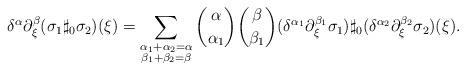
LaTeX: \begin{align*} \delta^\alpha\partial_\xi^\beta (\sigma_1\sharp_0\sigma_2)(\xi)=\sum_{\substack{\alpha_1+\alpha_2=\alpha\\ \beta_1+\beta_2=\beta}} \binom{\alpha}{\alpha_1} \binom{\beta}{\beta_1} (\delta^{\alpha_1}\partial_\xi^{\beta_1}\sigma_1)\sharp_0(\delta^{\alpha_2}\partial_\xi^{\beta_2}\sigma_2)(\xi). \end{align*}